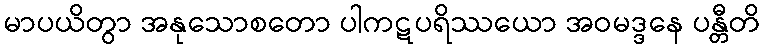
မာပယိတွာ အနုသောစတော ပါကဋပရိဿယော အဝမဒ္ဒနေ ပန္တီတိ